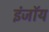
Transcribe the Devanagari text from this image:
इंजॉय